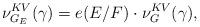
LaTeX: \begin{align*} \nu_{G_{E}}^{KV}(\gamma) = e(E/F) \cdot \nu_{G}^{KV}(\gamma), \end{align*}